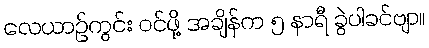
လေယာဉ်ကွင်း ဝင်ဖို့ အချိန်က ၅ နာရီ ခွဲပါခင်ဗျာ။